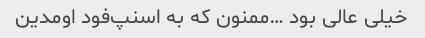
خیلی عالی بود …ممنون که به اسنپ‌فود اومدین